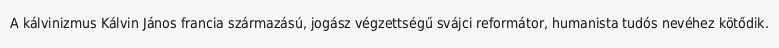
A kálvinizmus Kálvin János francia származású, jogász végzettségű svájci reformátor, humanista tudós nevéhez kötődik.